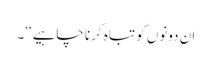
ان دونوں کو تباہ کرنا چاہیے‘‘۔